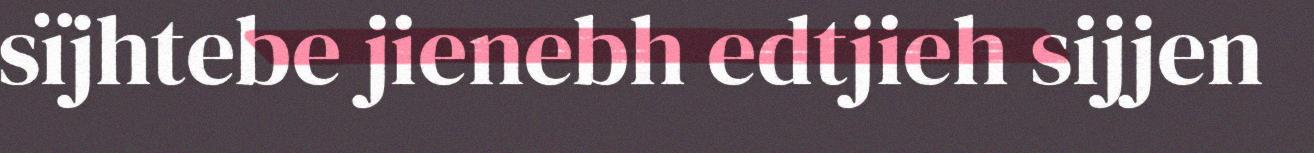
sïjhtebe jienebh edtjieh sijjen